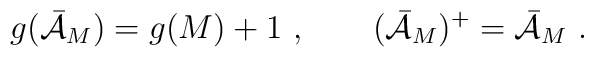
g(\bar {\cal{A}}_M) = g(M) + 1\ ,\qquad (\bar {\cal{A}}_M)^+ =\bar {\cal{A}}_M\  .